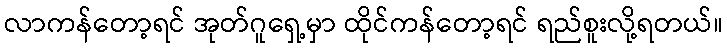
လာကန်တော့ရင် အုတ်ဂူရှေ့မှာ ထိုင်ကန်တော့ရင် ရည်စူးလို့ရတယ်။